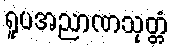
ရူပအညာဏသုတ္တံ